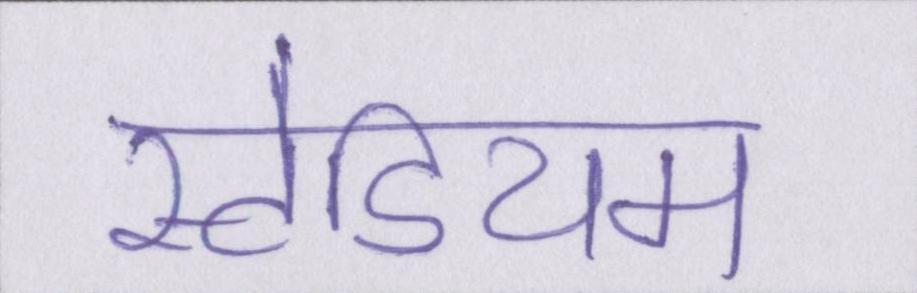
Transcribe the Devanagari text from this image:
स्टेडियम